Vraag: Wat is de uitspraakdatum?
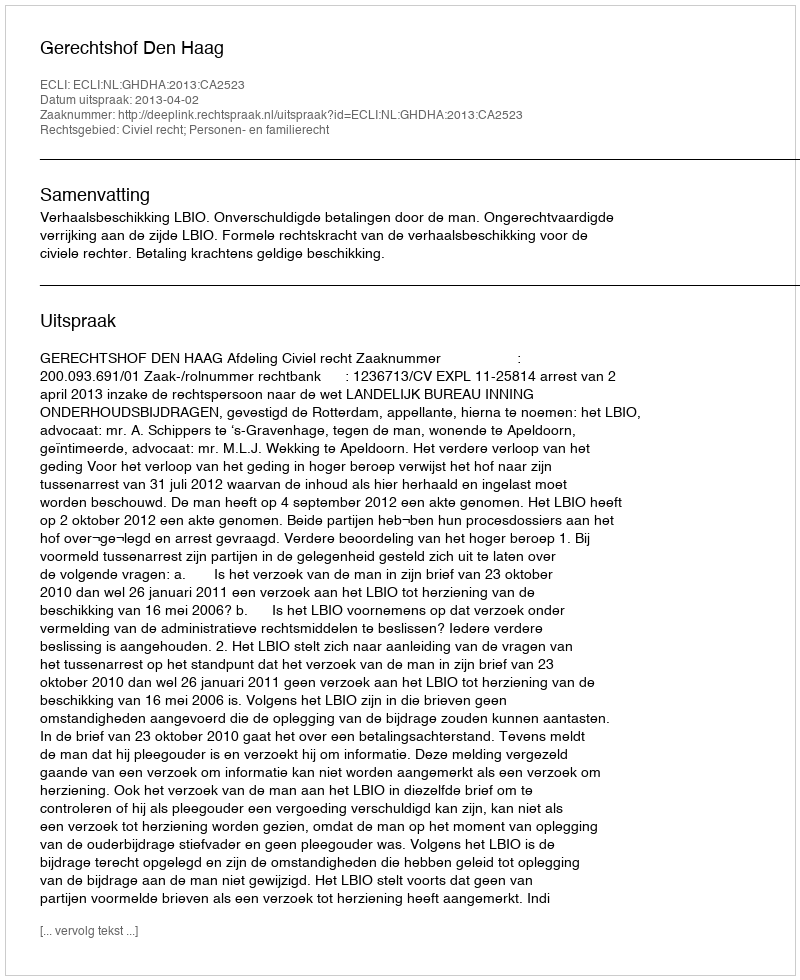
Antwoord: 2013-04-02